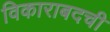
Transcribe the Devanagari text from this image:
विकाराबदची